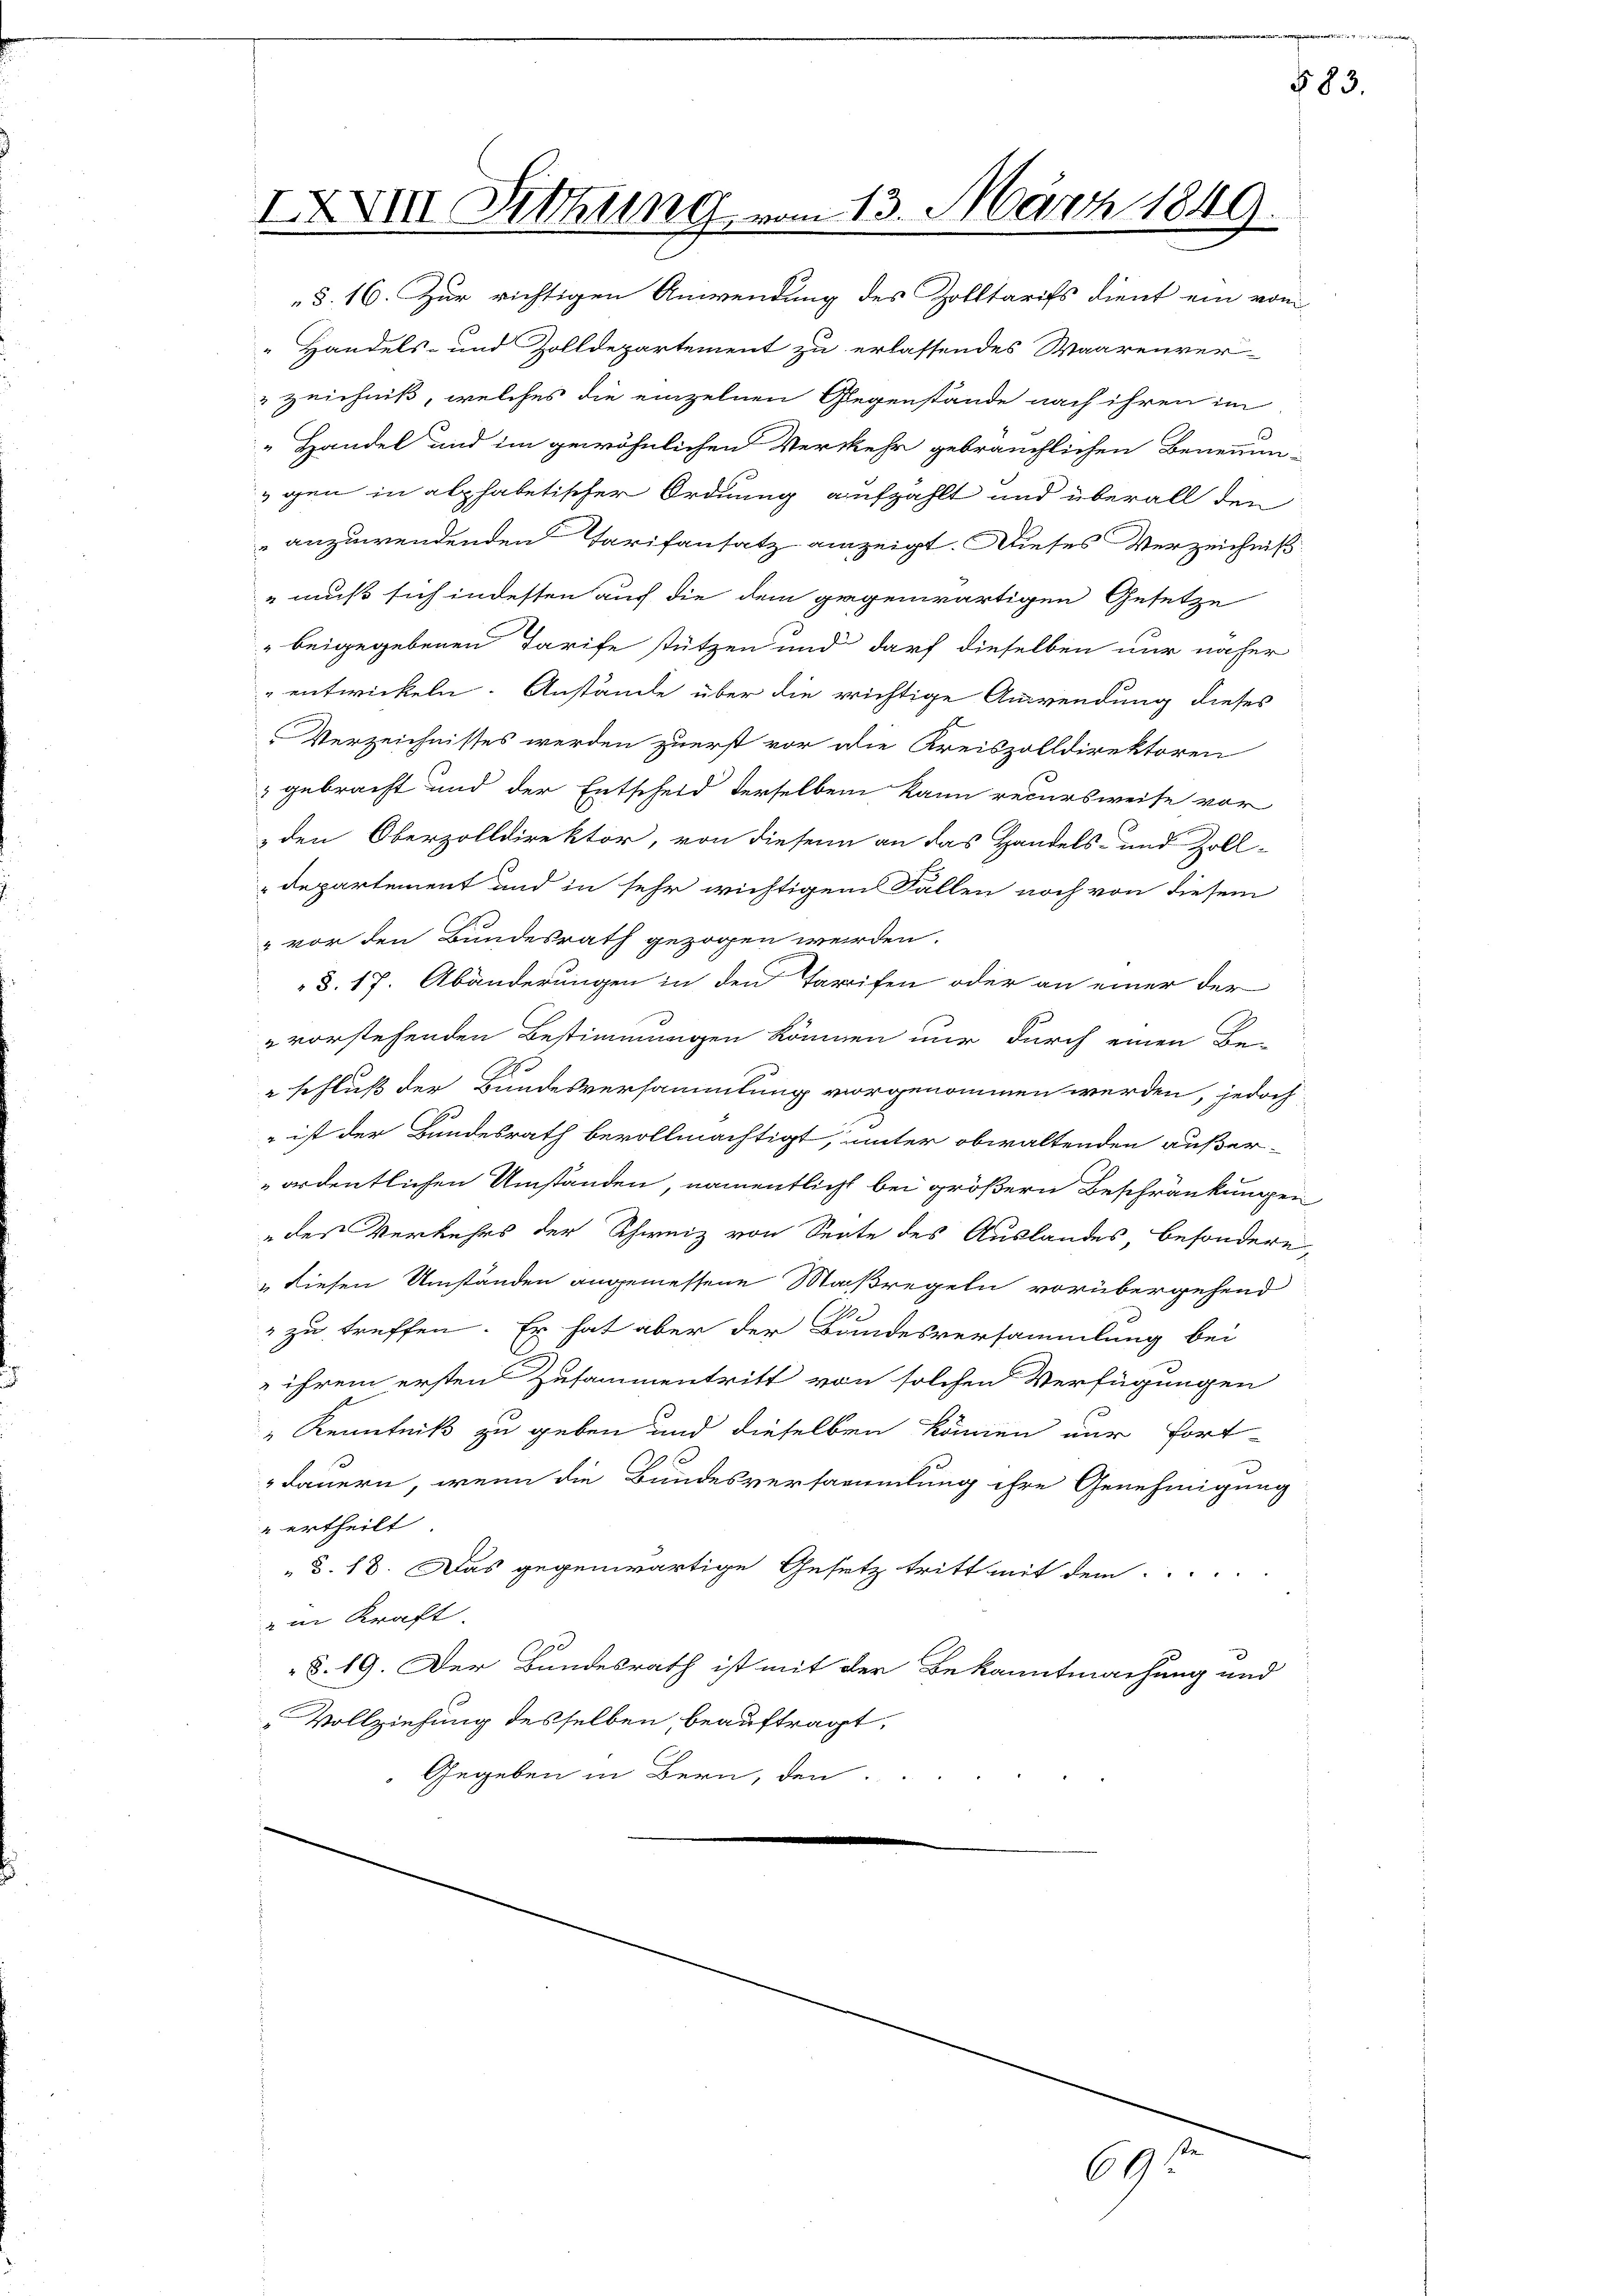
IXXIII Sitzung vom 13. März 1849.
§. 16. Zur richtigen Anwendung des Zolltarifs dient ein vom

Handels- und Zolldepartement zu erlassendes Waarenver-
zeichniß, welches die einzelnen Gegenstände nach ihren im
Handel und im gewöhnlichen Verkehr gebräuchlichen Benennungen in alphabetischer Ordnung aufzahlt und überall den
anzuwendenden Tarifansatz anzeigt. Dieses Verzeichniß
" muß sich indesten auf die dem gegenwärtigen Gesetze
 beigegebenen Tarife stützen und darf dieselben nur näher
entwickeln. Anstände über die richtige Anwendung dieses
Verzeichnisses werden zuerst vor die Kreiszolldirektoren
gebracht und der Entscheid derselben kann recursweise vor
& den Oberzolldirektor, von diesen an das Handels- und Zoll-
departement und in sehr wichtigem Fallen noch von diesem
" vor den Bundesrath gezogen werden.
„§. 17. Abänderungen in den Tarifen oder an einer der
" vorstehenden Bestimmungen können nur durch einen Be-
schluß der Bundesversammlung vorgenommen werden, jedoch
 ist der Bundesrath bevollmächtigt, unter obwaltenden außer-
ordentlichen Umständen, namentlicht bei größern Beschränkungen
edes Verkehrs der Schweiz von Sente des Auslandes, besondere,
" diesen Umständen angemessene Maßregeln vorübergehend
" zu treffen. Er hat aber der Bundesversammlung bei
 ihrem ersten Zusammentritt von solchen Verfügungen
" Kenntniß zu geben und dieselben können nur fort-
dauern, wenn die Bundesversammlung ihre Genehmigung
 ertheilt
 §. 18. Das gegenwärtige Gesetz tritt mit dem
ein Kraft
)
§. 19. Der Bundesrath ist mit der Bekanntmachung und
 Vollziehung desselben, beauftragt.
Gegeben in Bern, den

69

§ 83.